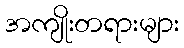
အကျိုးတရားများ